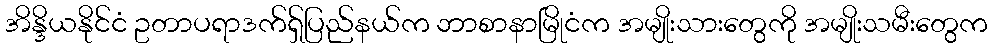
အိန္ဒိယနိုင်ငံ ဥတာပရာဒက်ရှ်ပြည်နယ်က ဘာစာနာမြိုငံက အမျိုးသားတွေကို အမျိုးသမီးတွေက